Annual report on the health of the army in India
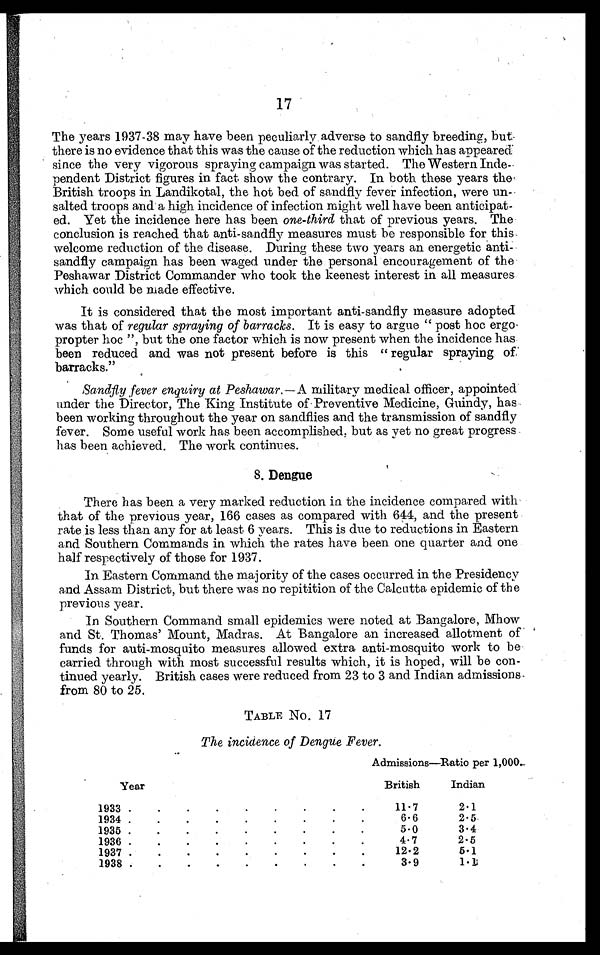
17
The years 1937-38 may have been peculiarly adverse to sandfly breeding, but
there is no evidence that this was the cause of the reduction which has appeared
since the very vigorous spraying campaign was started. The Western Inde
-pendent District figures in fact show the contrary. In both these years the
British troops in Landikotal, the hot bed of sandfly fever infection, were un
-
salted troops and a high incidence of infection might well have been anticipat
-
ed. Yet the incidence here has been one-third that of previous years. The
conclusion is reached that anti-sandfly measures must be responsible for this
welcome reduction of the disease. During these two years an energetic anti-
sandfly campaign has been waged under the personal encouragement of the
Peshawar District Commander who took the keenest interest in all measures
which could be made effective.
It is considered that the most important anti-sandfly measure adopted
was that of regular spraying of barracks. It is easy to argue "post hoc ergo
propter hoc", but the one factor which is now present when the incidence has
been reduced and was not present before is this "regular spraying of
barracks."
Sandfly fever enquiry at Peshawar.— A military medical officer, appointed
under the Director, The King Institute of Preventive Medicine, Guindy, has
been working throughout the year on sandflies and the transmission of sandfly
fever. Some useful work has been accomplished, but as yet no great progress
has been achieved. The work continues.
8. Dengue
There has been a very marked reduction in the incidence compared with
that of the previous year, 166 cases as compared with 644, and the present
rate is less than any for at least 6 years. This is due to reductions in Eastern
and Southern Commands in which the rates have been one quarter and one
half respectively of those for 1937.
In Eastern Command the majority of the cases occurred in the Presidency
and Assam District, but there was no repitition of the Calcutta epidemic of the
previous year.
In Southern Command small epidemics were noted at Bangalore, Mhow
and St. Thomas' Mount, Madras. At Bangalore an increased allotment of
funds for anti-mosquito measures allowed extra anti-mosquito work to be
carried through with most successful results which, it is hoped, will be con
-tinued yearly. British cases were reduced from 23 to 3 and Indian admissions
from 80 to 25.
TABLE No. 17
The incidence of Dengue Fever.
Year
Admissions—Ratio per 1,000.
British
Indian
1933 . . .
11.7
2.1
1934 . . .
6.6
2.5
1935 . . .
5.0
3.4
1936 . . .
4.7
2.5
1937 . . .
12.2
5.1
1938 . . .
3.9
1.1